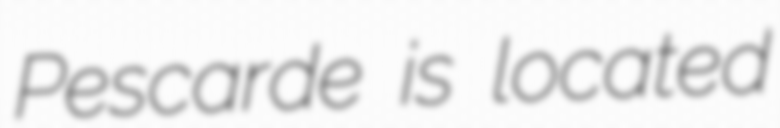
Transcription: Pescarde is located